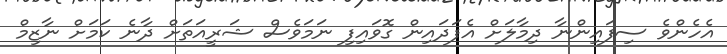
އެހެންވެ ސިފައިންނާ ދިމާލަށް އެފަދައިން ގޮވައިފި ނަމަވެސް ޝަރީއަތަށް ދާނެ ކަމަށް ނާޒިމް